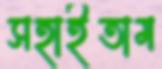
সহাইতাম